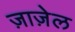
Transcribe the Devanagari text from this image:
ज़ाज़ेल